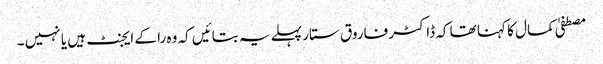
مصطفیٰ کمال کا کہنا تھا کہ ڈاکٹر فاروق ستار پہلے یہ بتائیں کہ وہ را کے ایجنٹ ہیں یا نہیں ۔